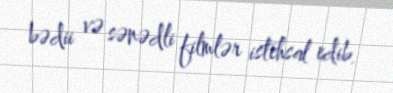
bədii və sənədli filmlər istehsal edib.